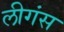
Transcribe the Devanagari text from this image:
लीगंस